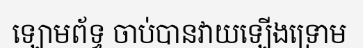
ឡោមព័ទ្ធ ចាប់បានវាយឡើងទ្រោម